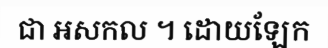
ជា អសកល ។ ដោយឡែក